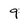
Character: 9